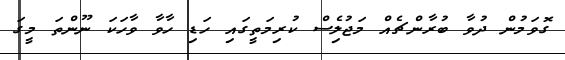
ގޮވަމުން ދުވާ ބުރާންޗެއް މަޖުލެިސް ކުރިމަތީގައި ހަޑި ހާވާ ވާހަކަ ނޫންތަ މީގަ